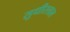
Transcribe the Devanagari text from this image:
सुधीरलाल